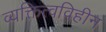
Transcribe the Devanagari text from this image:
व्यक्तित्वविहीन